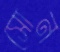
সোন